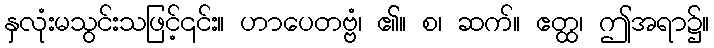
နှလုံးမသွင်းသဖြင့်၎င်း။ ဟာပေတဗ္ဗံ၊ ၏။ စ၊ ဆက်။ ဧတ္ထ၊ ဤအရာ၌။